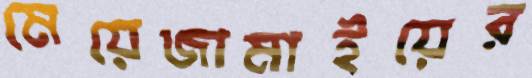
মেয়েজামাইয়ের